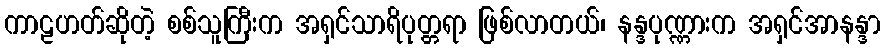
ကာဠဟတ်ဆိုတဲ့ စစ်သူကြီးက အရှင်သာရိပုတ္တရာ ဖြစ်လာတယ်၊ နန္ဒပုဏ္ဏားက အရှင်အာနန္ဒာ